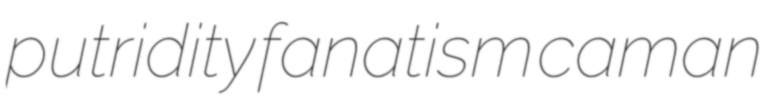
putridity fanatism caman